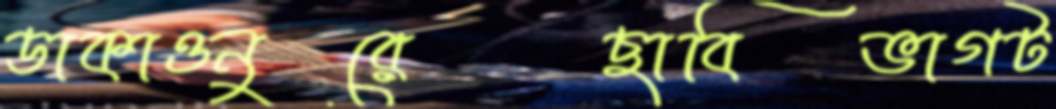
ডাকাওনুরেছাবিভাগট